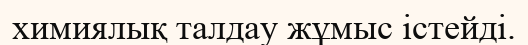
химиялық талдау жұмыс істейді.